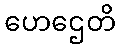
ဟေဌေတိ